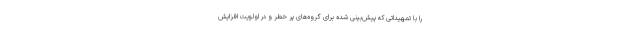
را با تمهیداتی که پیش‌بینی شده برای گروه‌های پر خطر و در اولویت افزایش